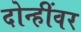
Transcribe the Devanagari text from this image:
दोन्हींवर